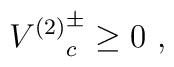
{V^{(2)}}_c^\pm \geq 0 \ ,